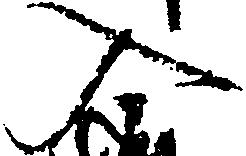
入